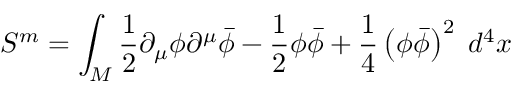
S ^ { m } = \int _ { M } \frac { 1 } { 2 } \partial _ { \mu } \phi \partial ^ { \mu } \bar { \phi } - \frac { 1 } { 2 } \phi \bar { \phi } + \frac { 1 } { 4 } \left( \phi \bar { \phi } \right) ^ { 2 } \; d ^ { 4 } x